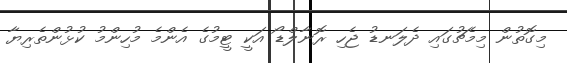
މިގޮތުން މިމެޗުގައި ދެލަނޑު ޖެހި ރޮނާލްޑޯ އަކީ ޓީމުގެ އެންމެ މުހިންމު ކުޅުންތެރިޔާ